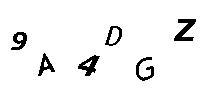
9A4DGZ